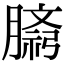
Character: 𫆷